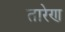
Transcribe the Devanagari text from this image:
तारेण